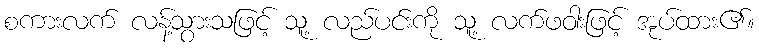
စကားလက် လန့်သွားသဖြင့် သူ့ လည်ပင်းကို သူ့ လက်ဖဝါးဖြင့် အုပ်ထား၏။